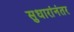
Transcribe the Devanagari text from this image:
सुधारांनंतर